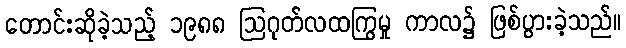
တောင်းဆိုခဲ့သည့် ၁၉၈၈ ဩဂုတ်လထကြွမှု ကာလ၌ ဖြစ်ပွားခဲ့သည်။